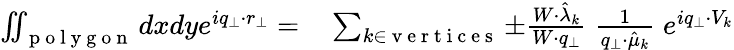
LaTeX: \begin{array}{rl}{\iint_{\mathrm{~p~o~l~y~g~o~n~}}dxdye^{iq_{\perp}\cdot r_{\perp}}=}&{{}\sum_{k\in\mathrm{~v~e~r~t~i~c~e~s~}}\pm\frac{W\cdot\hat{\lambda}_{k}}{W\cdot q_{\perp}}\; \frac{1}{q_{\perp}\cdot\hat{\mu}_{k}}\; e^{iq_{\perp}\cdot V_{k}}}\end{array}